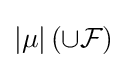
|\mu |\left(\cup {\mathcal {F}}\right)